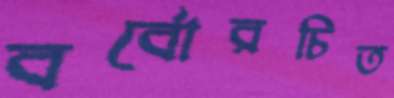
বর্বোরচিত